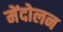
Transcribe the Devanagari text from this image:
मेंदोलन